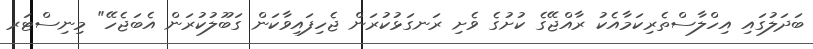
ބަދަލުގައި އިހްލާސްތެރިކަމާއެކު ރާއްޖޭގެ ކުށުގެ ވެށި ރަނގަޅުކުރަން ޖެހިފައިވާކަން ގަބޫލުކުރަން އެބަޖެހޭ" މިނިސްޓަރ